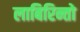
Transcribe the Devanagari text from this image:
लाबिरिन्तो